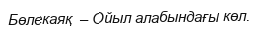
Бөлекаяқ  – Ойыл алабындағы көл.